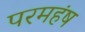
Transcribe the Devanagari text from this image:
परमहंष